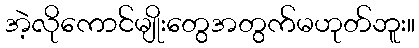
အဲ့လိုကောင်မျိုးတွေအတွက်မဟုတ်ဘူး။